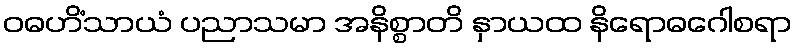
ဝဓဟိံသာယံ ပညာသမာ အနိစ္စာတိ နှာယထ နိရောဓဂေါစရာ